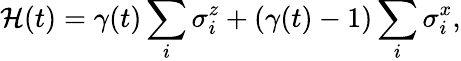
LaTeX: \mathcal{H}(t)=\gamma(t)\sum_{i}\sigma_{i}^{z}+(\gamma(t)-1)\sum_{i}\sigma_{i}^{x},